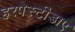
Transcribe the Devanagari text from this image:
हरपेस्टीडाए